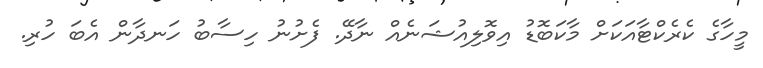
މީހާގެ ކެރެކްޓާއަކަށް މާކަބޮޑު އިވޮލިއުޝަނެއް ނާދޭ. ފެށުނު ހިސާބު ހަނދާން އެބަ ހުރި.